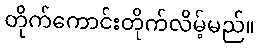
တိုက်ကောင်းတိုက်လိမ့်မည်။